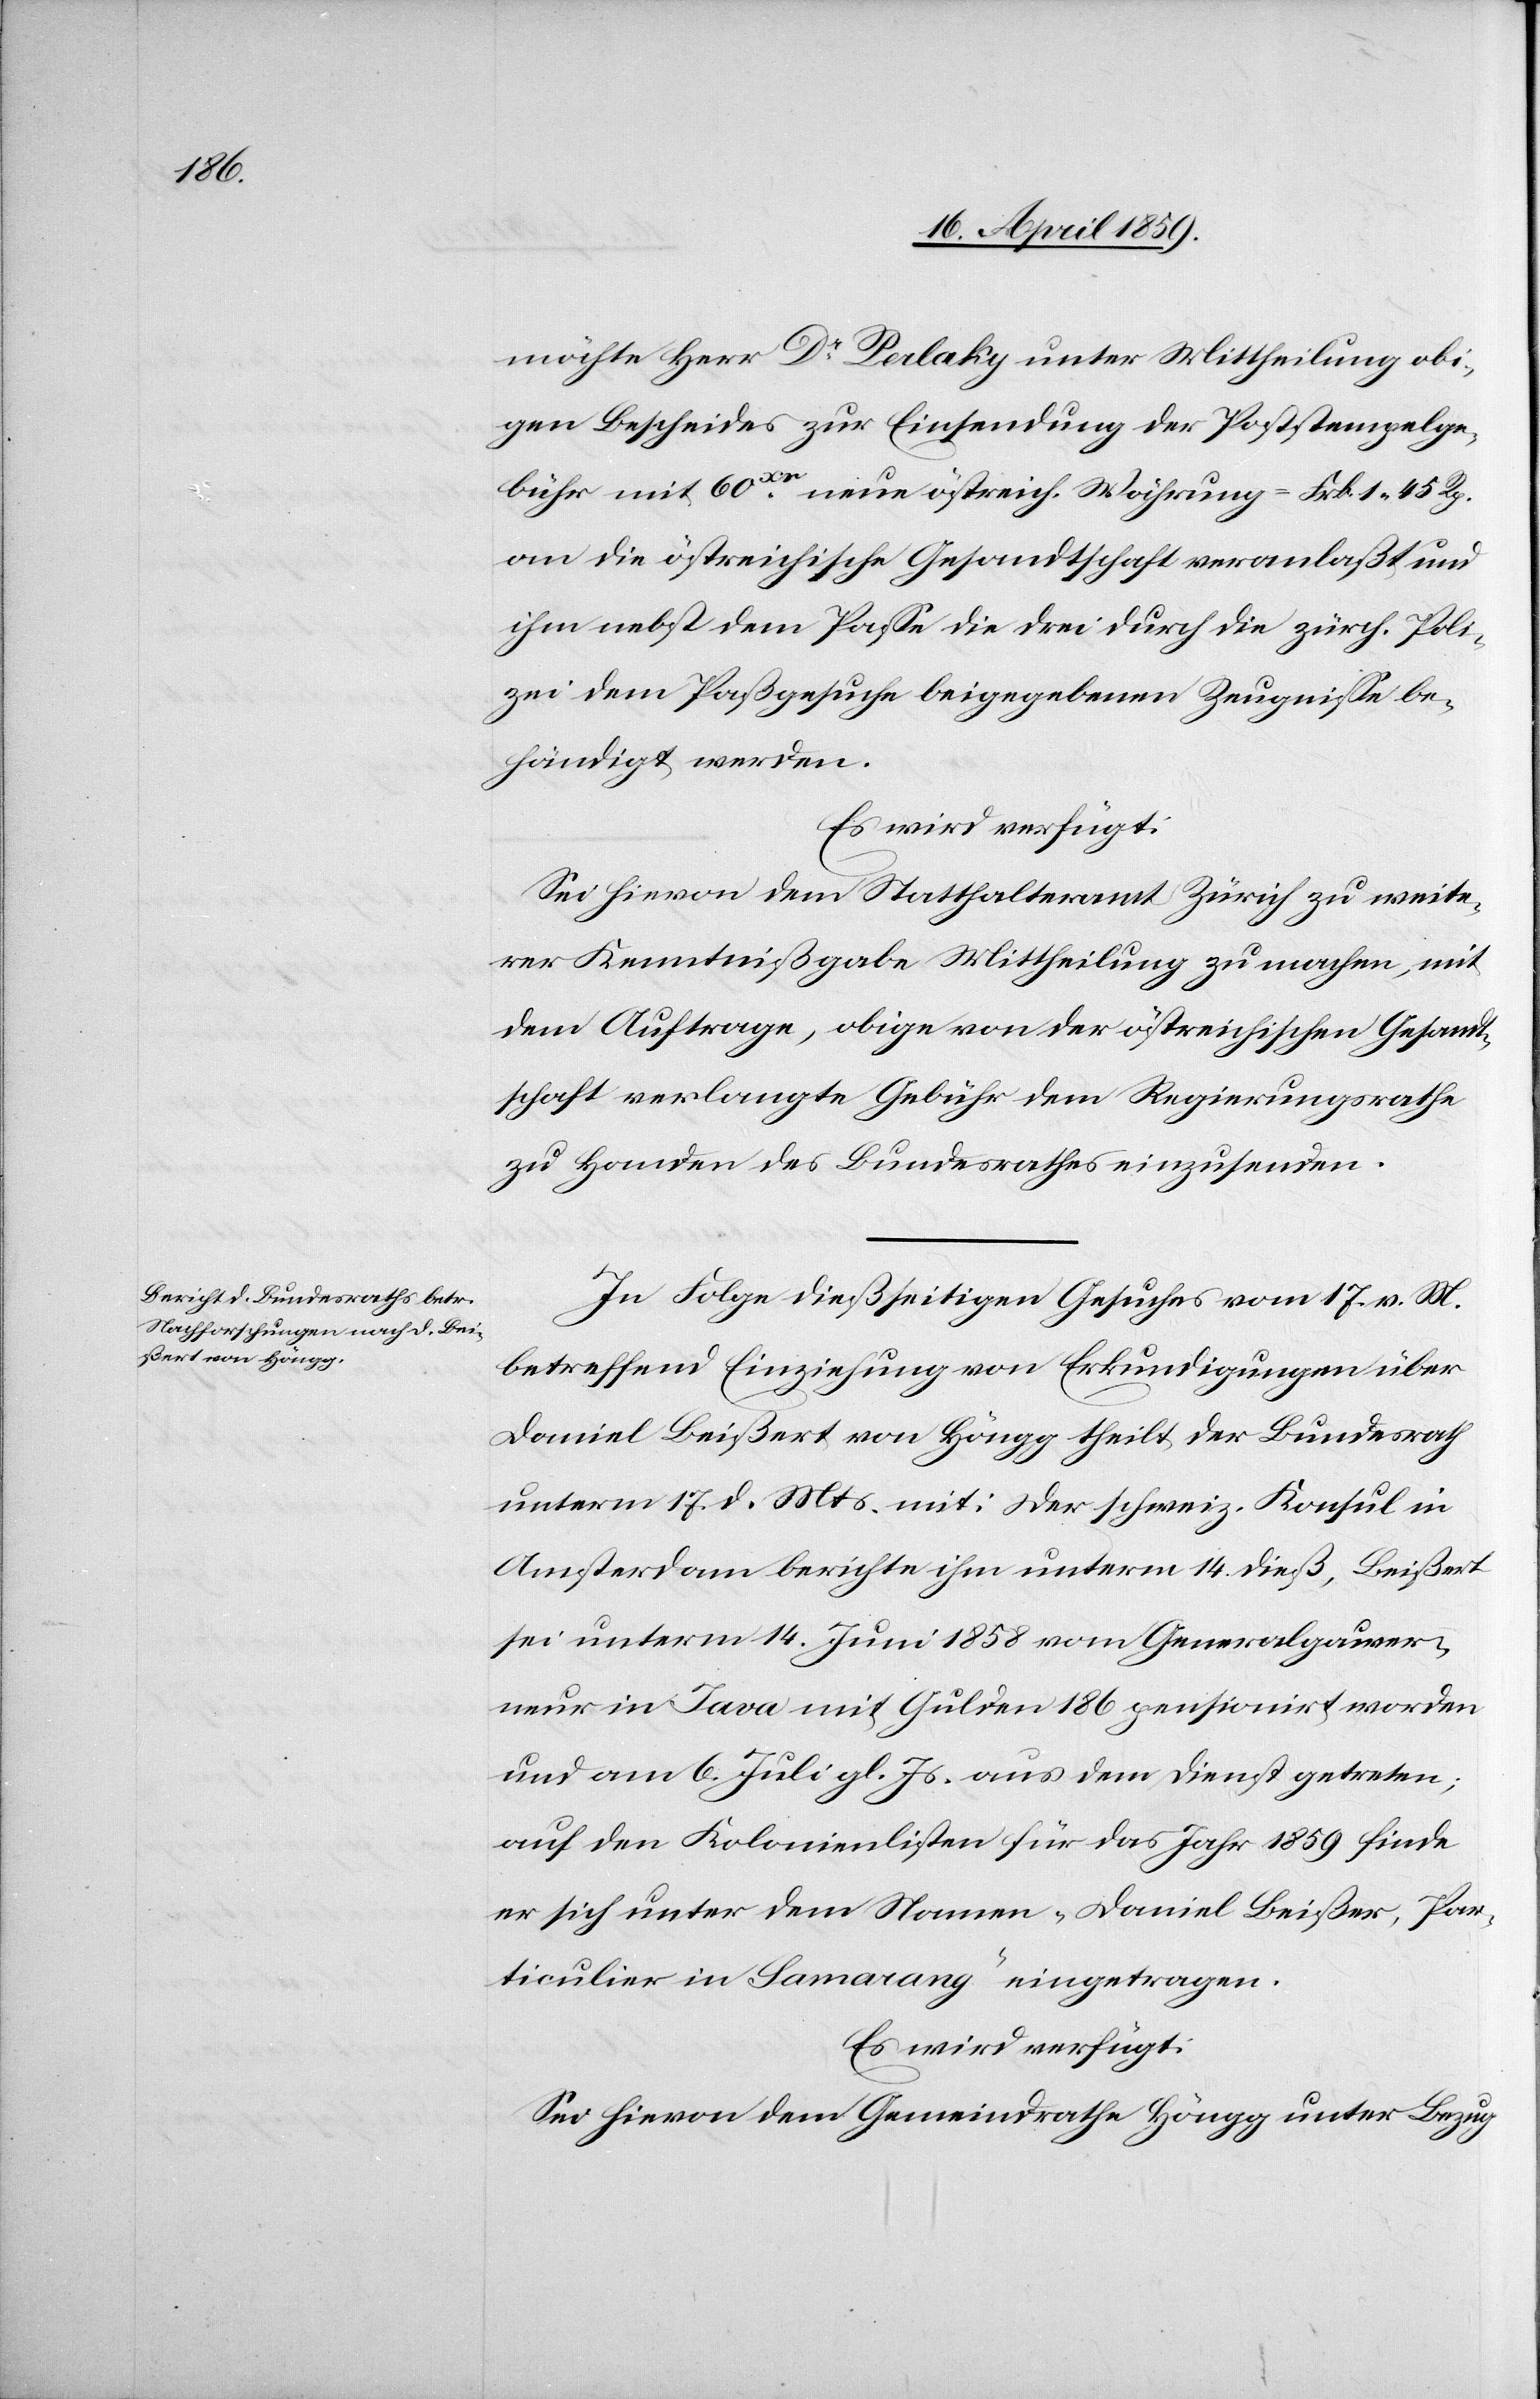
19. April 1859.]
möchte Herr Dr. Perlaky unter Mittheilung obi¬
gen Bescheides zur Einsendung der Paßstempelge¬
bühr mit 60xr neue östreich. Währung = Frk. 1 45 Rp.
an die östreichische Gesandtschaft veranlaßt und
ihm nebst dem Paße die drei durch die zürch. Poli¬
zei dem Paßgesuche beigegebenen Zeugniße be¬
händigt werden.
Es wird verfügt:
Sei hievon dem Statthalteramt Zürich zu weite¬
rer Kenntnißgabe Mittheilung zu machen, mit
dem Auftrage, obige von der östreichischen Gesandt¬
schaft verlangte Gebühr dem Regierungsrathe
zu Handen des Bundesrathes einzusenden.
In Folge dießseitigen Gesuches vom 17. v. M.
betreffend Einziehung von Erkundigungen über
Daniel Beißert von Höngg theilt der Bundesrath
unterm 17. d. Mts. mit: der schweiz. Konsul in
Amsterdam berichte ihm unterm 14. dieß, Beißert
sei unterm 14. Juni 1858 vom Generalgouver¬
neur in Java mit Gulden 186 pensionirt worden
und am 6. Juli gl. Js. aus dem Dienst getreten;
auf den Kolonienlisten für das Jahr 1859 finde
er sich unter dem Namen „Daniel Beißer, Par¬
ticuliar in Samarang“ eingetragen.
Es wird verfügt:
Sei hievon dem Gemeindrathe Höngg unter Bezug